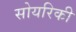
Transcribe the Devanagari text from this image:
सोयरिकी